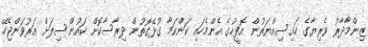
ޒިންމާދާރު ވެރިޔާގެ ހައިސިއްޔަތުން އޮފީހުގެ އެންމެހައި ކަންކަމާ ގުޅޭގޮތުން ދިރާސާކޮށް ކައުންސިލަށް އަރުވަންޖެހޭ